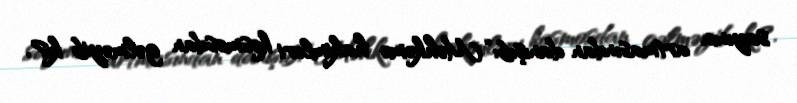
sayının artmasından danışıb: “Məhkəmə hakimləri kosmosdan gəlməyib ki?.